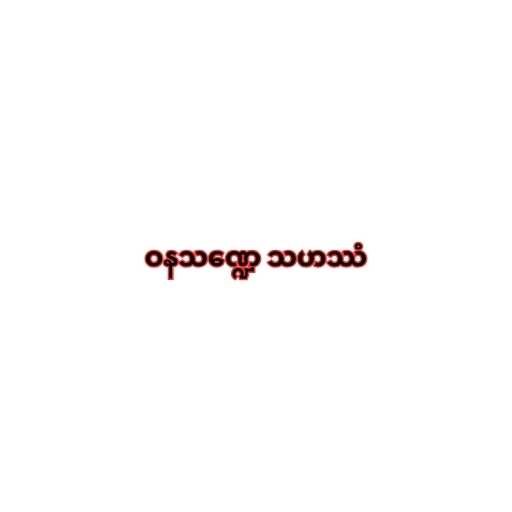
ဝနသဏ္ဍေ သဟဿံ